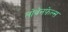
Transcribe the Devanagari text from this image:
लोवेनफ़ेल्स